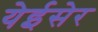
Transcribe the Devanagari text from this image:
येईसेर